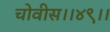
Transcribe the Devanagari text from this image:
चोवीस।।४९।।